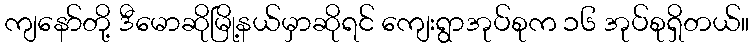
ကျနော်တို့ ဒီမောဆိုမြို့နယ်မှာဆိုရင် ကျေးရွာအုပ်စုက ၁၆ အုပ်စုရှိတယ်။